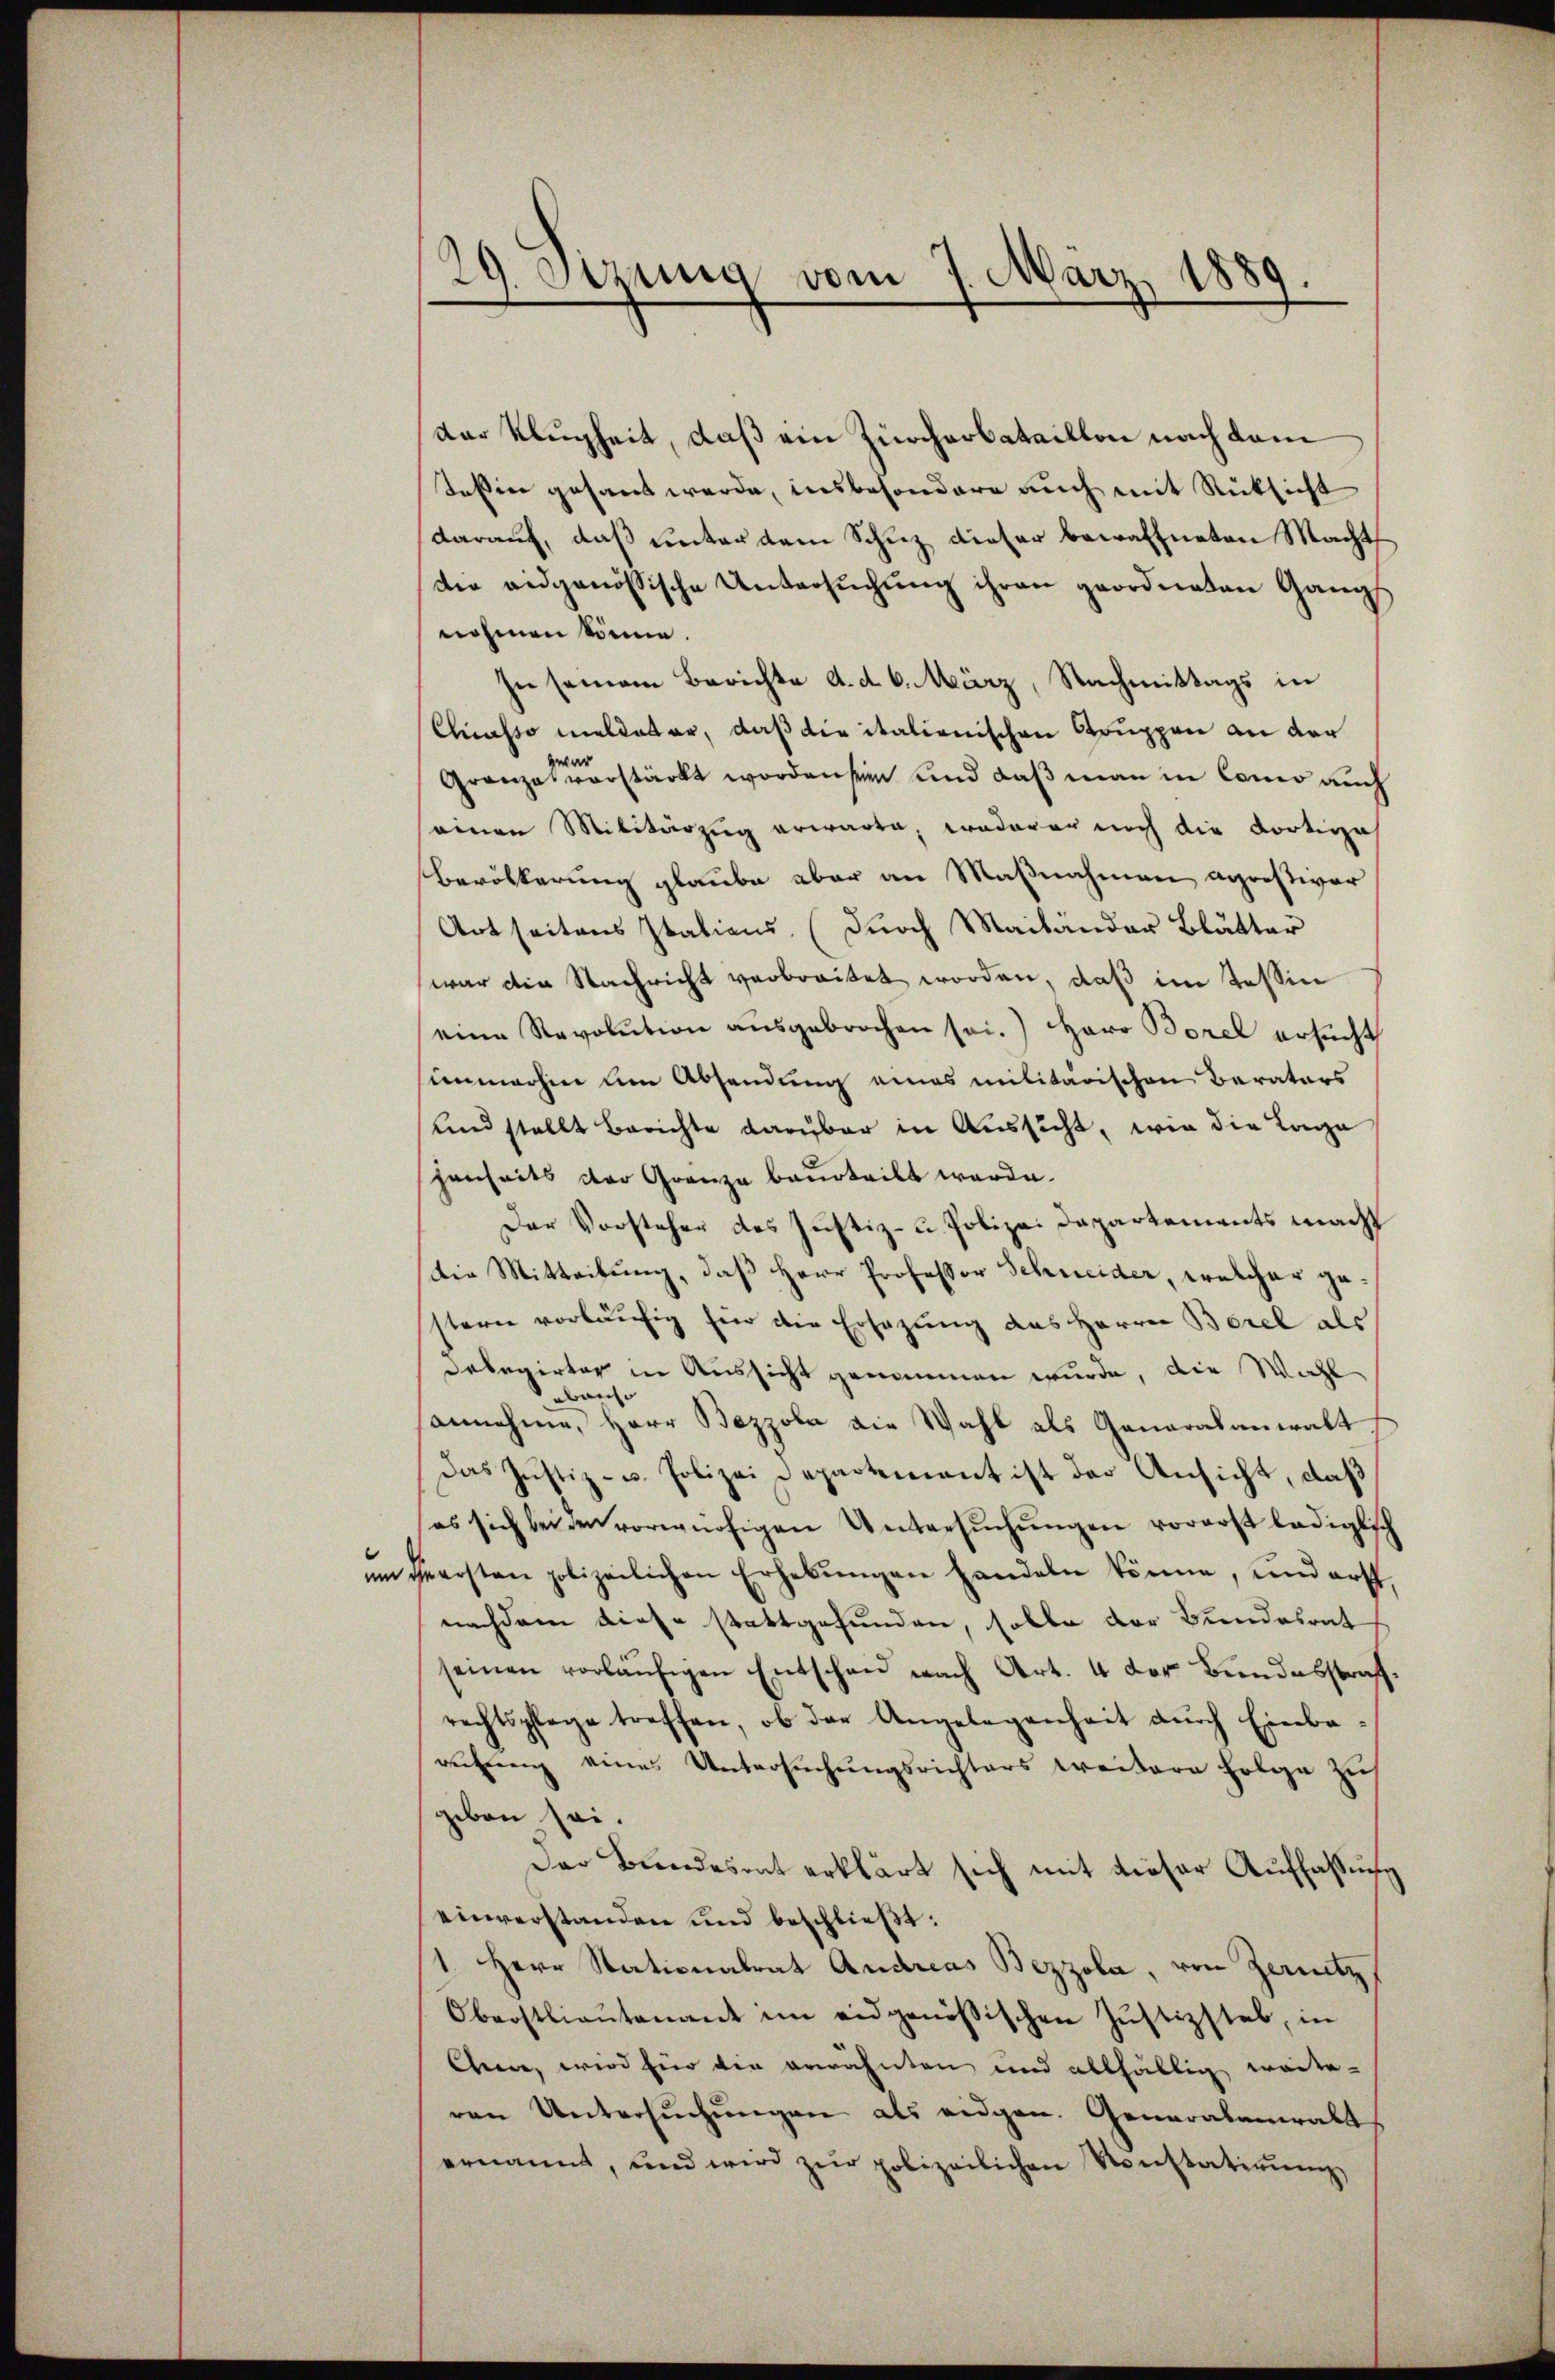
der Klugheit, daß ein Zürcherbataillon nach dem
Teßin gesant werde, insbesondere auch mit Rücksicht
darauf, daß unter dem Schuz dieser bewaffneten Macht
die eidgenössische Untersuchung ihren geordneten Gangs
nohmen könne.
In seinem Berichte d. d. 6. März, Nachmittags in
Chiasso meldeter, daß die italienischen Gruppen an der
zwar
Granza verstärkt worden sein und daß man in Como auch
seinen Militärzug erwarte, wederer noch die Fortige
Bevölkerung glaube aber an Maßnahmen agristiver
Artseitens Italiens. (durch Mailänder Blätter
war die Nachricht verbreitet worden, daß im Tessin
seine Revolution ausgebrochen sei.) Herr Borel ersucht
simmerhin um Absendung eines militärischen Barators
und stellt Berichte darüber in Aussicht, wie die Lage
henheits der Grenze beurteilt werde.
Der Vorsteher des Justiz- u. Polizei Departements macht
Die Mitteilung, daß Herr Professor Schneider, welcher gestern vorläufig für die Ersatzung des Herren Borel als
Delegirter in Aussicht genommen wurde, die Wahl
ai
annehme, Herr Bezzola die Wahl als Ganaralanwalt
Das Justiz- u. Polizei Departement ist der Ansicht, daß
(es sich bei den vorwürfigen Untersŭchŭngen vorerst lediglich
um Heersten polizeilichen Erhebŭngen handeln könne, und erst,
nachdem diese stattgefunden, solle der Bundesrat
seinen vorläufigen Entschen nach Art. 4 der Bundesstrafrechtspflege treffen, ob des Angelegenheit durch Einkaretŭng eines Untersŭchŭngsrichters weitere Folge zus
geben sei.
Der Bundesrat erklärt sich mit dieser Auffassung
einverstanden und beschließt:
1. Herr Stationalrat Andreas Bezzola, von Zenitz,
Oberstlieutenant im eidgenössischen Jŭstizstab, in
Chenne, wird für die erwähnten und allfällig weiteren Untersŭchŭngen als eidgen. Generabanwalt
ernannt, und wird zŭr polizeilichen Konstatirung

29. Sizung vom 7. März 1889.